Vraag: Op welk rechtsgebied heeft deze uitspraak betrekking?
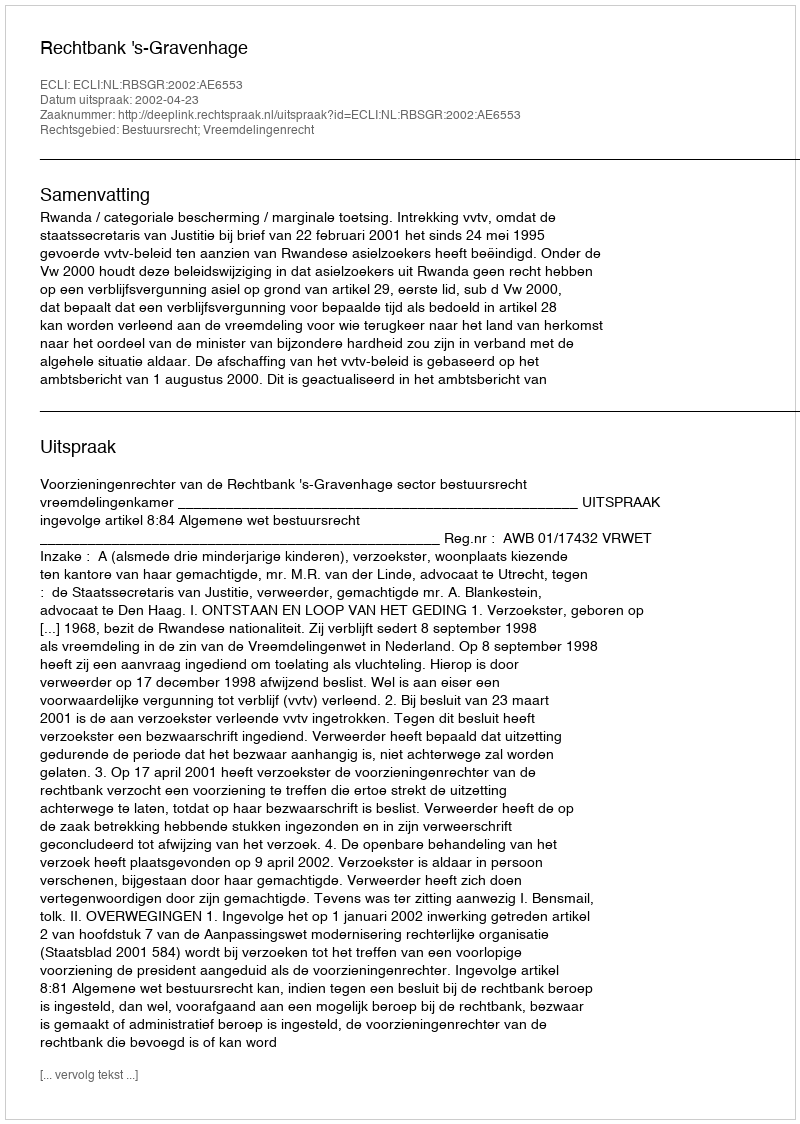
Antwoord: Bestuursrecht; Vreemdelingenrecht